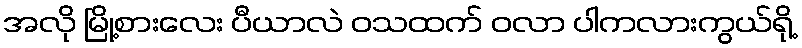
အလို မြို့စားလေး ပီယာလဲ ဝသထက် ဝလာ ပါကလားကွယ်ရို့